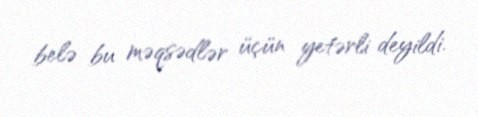
belə bu məqsədlər üçün yetərli deyildi.